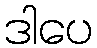
ဒါပေ